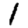
Digit: 1